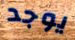
يوجد